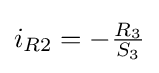
i_{R2}=-{\tfrac {R_{3}}{S_{3}}}